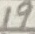
Text: 19